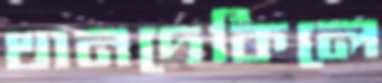
থানদেকিলে